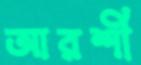
আরশী